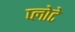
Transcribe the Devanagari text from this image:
प्लोटे